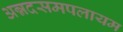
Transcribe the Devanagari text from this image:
अन्नदसमपलायम